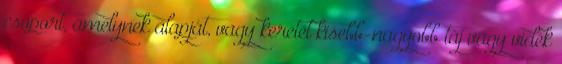
csoport, amelynek alapját, vagy keretét kisebb-nagyobb táj vagy vidék